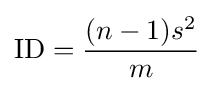
\mathrm {ID} ={\frac {(n-1)s^{2}}{m}}